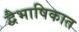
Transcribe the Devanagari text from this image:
द्वैभाषिकात